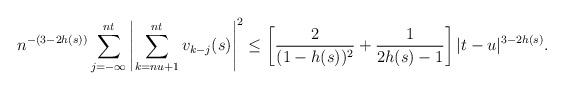
LaTeX: \begin{align*}n^{-(3-2h(s))}\sum_{j=-\infty}^{nt} \left| \sum_{k=nu+1}^{nt} v_{k-j}(s) \right|^2\leq\left[ \frac{2}{(1-h(s))^2} +\frac{1}{2h(s)-1}\right] |t-u|^{3-2h(s)}.\end{align*}